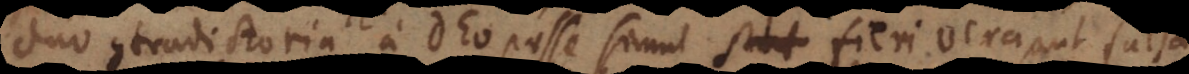
duo contradictoria a Deo posse simul fieri vera, aut falsa